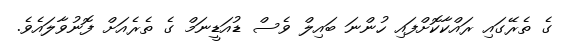
ގެ ތެރޭގައި ރައްކާކޮށްފައި ހުންނަ ބައިލް ވެސް ޑުއަޑީނަމް ގެ ތެރެއަށް ފޮނުވާލައެވެ.